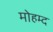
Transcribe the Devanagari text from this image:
मोहम्द